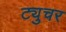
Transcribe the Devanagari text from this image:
ट्युचर